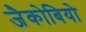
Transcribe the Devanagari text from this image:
जैकोबियो